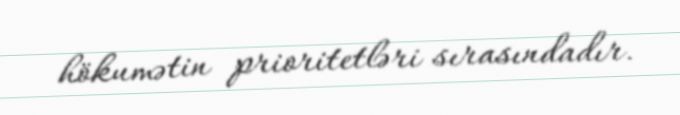
hökumətin prioritetləri sırasındadır.